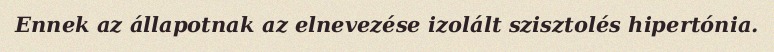
Ennek az állapotnak az elnevezése izolált szisztolés hipertónia.